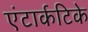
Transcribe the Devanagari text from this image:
एंटार्कटिके